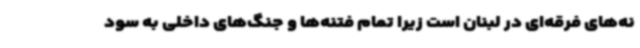
نه‌های فرقه‌ای در لبنان است زیرا تمام فتنه‌ها و جنگ‌های داخلی به سود